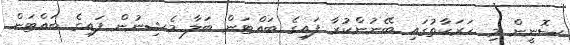
ސޮނީން މި ހަރަކާތުގައި ބޭނުންކުރާ ފައިގެ ބައްޓަން ބަލާ މެޝިނުން ފައިގެ ބައްޓަން